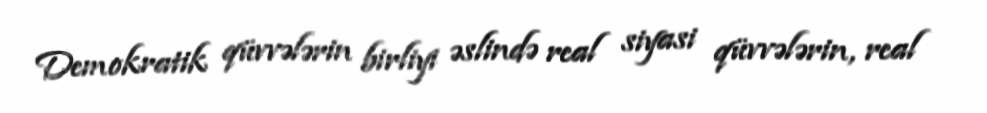
Demokratik qüvvələrin birliyi əslində real siyasi qüvvələrin, real